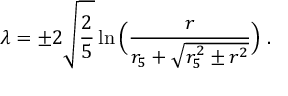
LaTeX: \lambda = \pm 2 \sqrt { \frac { 2 } { 5 } } \ln \Big ( \frac { r } { r _ { 5 } + \sqrt { r _ { 5 } ^ { 2 } \pm r ^ { 2 } } } \Big ) \; .